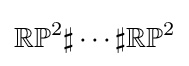
\mathbb {RP} ^{2}\sharp \cdots \sharp \mathbb {RP} ^{2}